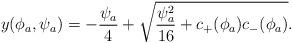
LaTeX: \begin{align*}y(\phi_a,\psi_a)=-\frac{\psi_a}{4}+\sqrt{\frac{\psi_a ^2}{16}+c_+(\phi_a)c_-(\phi_a)}.\end{align*}